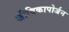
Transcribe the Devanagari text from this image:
जीविकापोर्जन